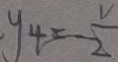
y _ { 4 } = - \frac { V } { 2 }